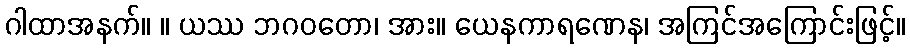
ဂါထာအနက်။ ။ ယဿ ဘဂဝတော၊ အား။ ယေနကာရဏေန၊ အကြင်အကြောင်းဖြင့်။